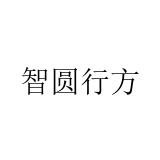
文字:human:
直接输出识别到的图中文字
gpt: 智圆行方